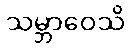
သမ္ဘာဝေသိ